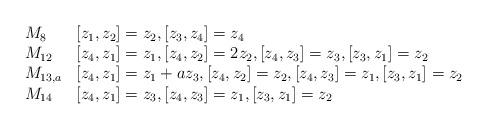
LaTeX: \begin{align*}\begin{array}{llll}M_8 & [z_1, z_2]=z_2, [z_3, z_4]=z_4\\M_{12} & [z_4, z_1]=z_1, [z_4, z_2]=2z_2, [z_4, z_3]=z_3, [z_3, z_1]=z_2\\M_{13, a} & [z_4, z_1]=z_1+az_3, [z_4, z_2]=z_2, [z_4, z_3]=z_1, [z_3, z_1]=z_2\\M_{14} & [z_4, z_1]=z_3, [z_4, z_3]=z_1, [z_3, z_1]=z_2\\\end{array}\end{align*}